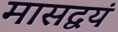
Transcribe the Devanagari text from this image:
मासद्वयं